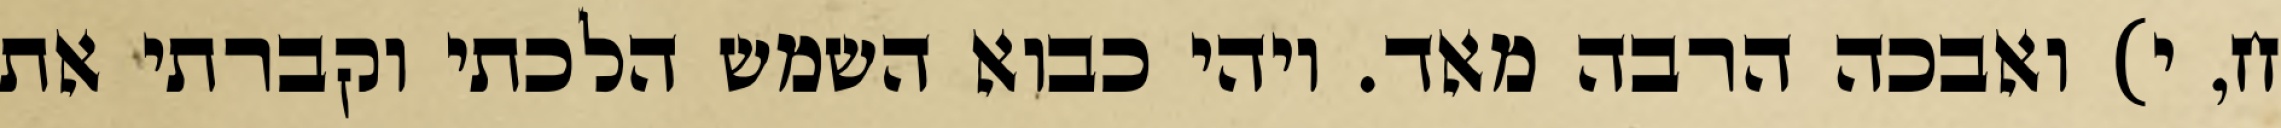
ח, י) ואבכה הרבה מאד. ויהי כבוא השמש הלכתי וקברתי את